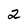
Character: 2